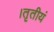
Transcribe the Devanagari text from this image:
।तृतीयं